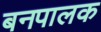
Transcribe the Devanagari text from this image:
बनपालक